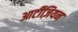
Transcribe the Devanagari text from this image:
आर्टीज़ियन